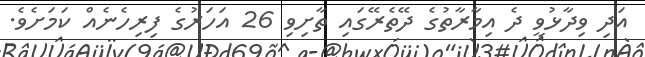
އަދި ވިދާޅުވީ ދެ އިމާރާތުގެ ދޭތެރޭގައި ތާށިވި 26 އަހަރުގެ ފިރިހެނެއް ކަމަށެވެ.